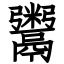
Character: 鬻